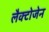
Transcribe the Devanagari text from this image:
लैक्टोजेन